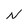
Character: N